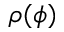
\rho ( \phi )